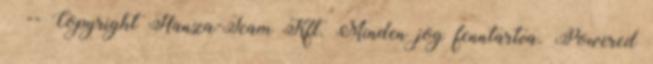
-- Copyright Hanza-Team Kft. Minden jog fenntartva. Powered